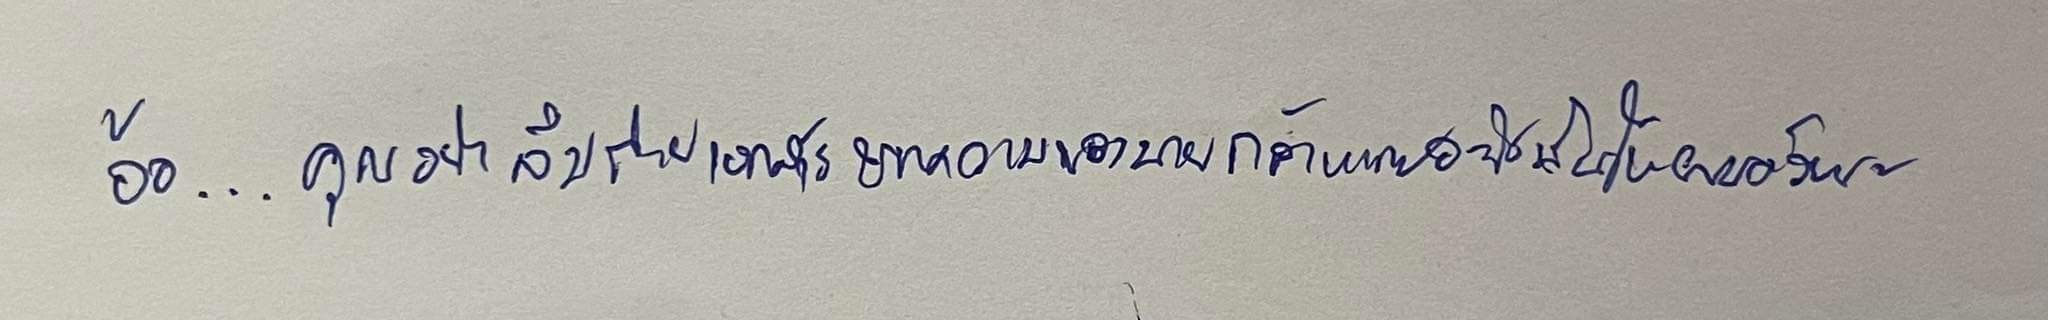
อ้อ...คุณอย่าลืมถ่ายเอกสารบทความของนายกล้าหาญอะไรนั่นให้ผมด้วยนะ